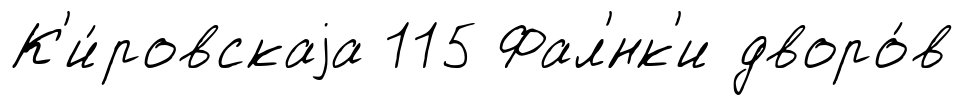
К'и́ровскаjа 115 Фал'́нк'и дворо́в